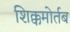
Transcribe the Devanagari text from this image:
शिक्कमोर्तब